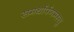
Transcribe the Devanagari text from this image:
समर्थार्पणमस्तु